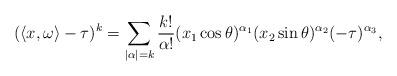
LaTeX: \begin{align*}(\langle x,\omega\rangle-\tau)^k = \sum_{|\alpha|=k} \frac{k!}{\alpha!}(x_1\cos{\theta})^{\alpha_1}(x_2\sin{\theta})^{\alpha_2}(-\tau)^{\alpha_3},\end{align*}